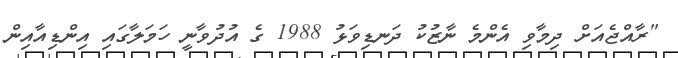
"ރާއްޖެއަށް ދިމާވި އެންމެ ނާޒުކު ދަނޑިވަޅު 1988 ގެ އުދުވާނީ ހަމަލާގައި އިންޑިއާއިން